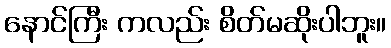
နောင်ကြီး ကလည်း စိတ်မဆိုးပါဘူး။